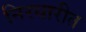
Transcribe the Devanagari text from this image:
निरधारीत